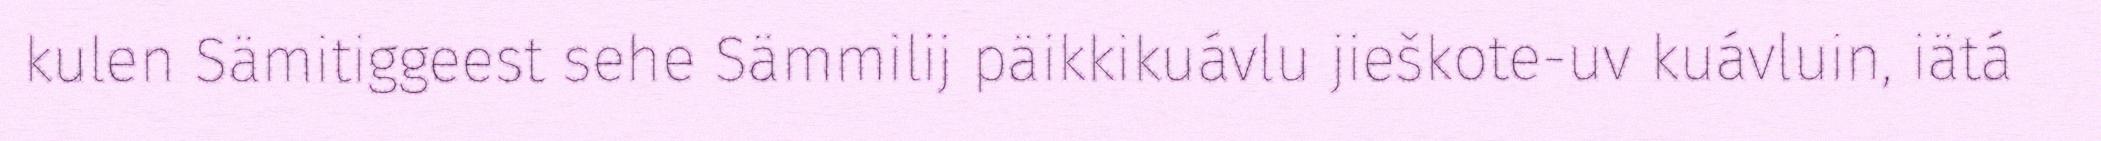
kulen Sämitiggeest sehe Sämmilij päikkikuávlu jieškote-uv kuávluin, iätá